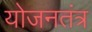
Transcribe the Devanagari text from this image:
योजनतंत्र